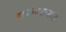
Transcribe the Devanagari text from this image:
राजवाडयात